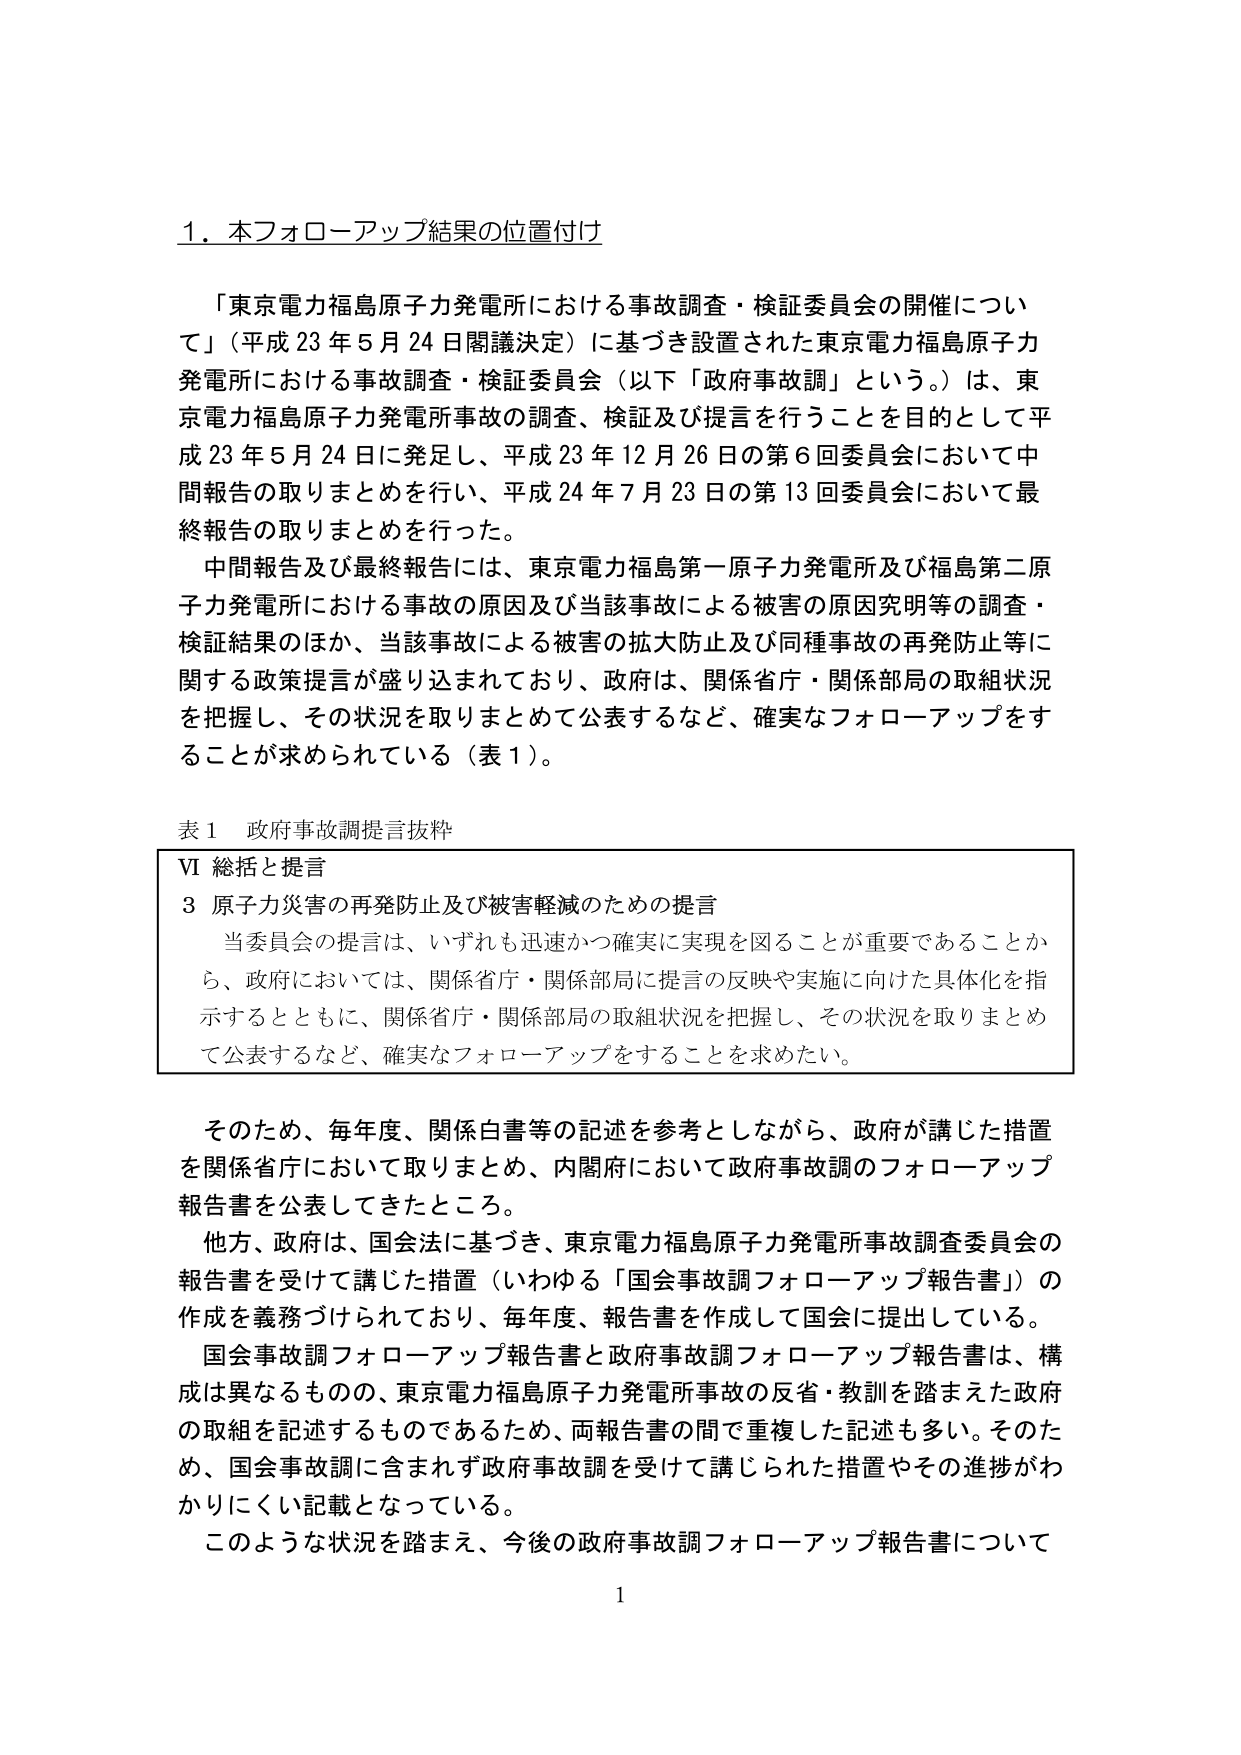
1. 本フォローアップ結果の位置付け

「東京電力福島原子力発電所における事故調査・検証委員会の開催について」（平成23年5月24日閣議決定）に基づき設置された東京電力福島原子力発電所における事故調査・検証委員会（以下「政府事故調」という。）は、東京電力福島原子力発電所事故の調査、検証及び提言を行うことを目的として平成23年5月24日に発足し、平成23年12月26日の第6回委員会において中間報告の取りまとめを行い、平成24年7月23日の第13回委員会において最終報告の取りまとめを行った。

中間報告及び最終報告には、東京電力福島第一原子力発電所及び福島第二原子力発電所における事故の原因及び当該事故による被害の原因究明等の調査・検証結果のほか、当該事故による被害の拡大防止及び同種事故の再発防止等に関する政策提言が盛り込まれており、政府は、関係省庁・関係部局の取組状況を把握し、その状況を取りまとめて公表するなど、確実なフォローアップをすることが求められている（表1）。

表1 政府事故調提言抜粋

VI 総括と提言
3 原子力災害の再発防止及び被害軽減のための提言
当委員会の提言は、いずれも迅速かつ確実に実現を図ることが重要であることから、政府においては、関係省庁・関係部局に提言の反映や実施に向けた具体化を指示するとともに、関係省庁・関係部局の取組状況を把握し、その状況を取りまとめて公表するなど、確実なフォローアップすることを求めたい。

そのため、毎年度、関係白書等の記述を参考としながら、政府が講じた措置を関係省庁において取りまとめ、内閣府において政府事故調のフォローアップ報告書を公表してきたところ。

他方、政府は、国会法に基づき、東京電力福島原子力発電所事故調査委員会の報告書を受けて講じた措置（いわゆる「国会事故調フォローアップ報告書」）の作成を義務づけられており、毎年度、報告書を作成して国会に提出している。

国会事故調フォローアップ報告書と政府事故調フォローアップ報告書は、構成は異なるものの、東京電力福島原子力発電所事故の反省・教訓を踏まえた政府の取組を記述するものであるため、両報告書の間で重複した記述も多い。そのため、国会事故調に含まれず政府事故調を受けて講じられた措置やその進捗がわかりにくい記載となっている。

このような状況を踏まえ、今後の政府事故調フォローアップ報告書について

1